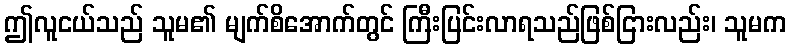
ဤလူငယ်သည် သူမ၏ မျက်စိအောက်တွင် ကြီးပြင်းလာရသည်ဖြစ်ငြားလည်း၊ သူမက